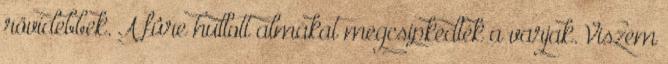
rövidebbek. A fûre hullott almákat megcsipkedték a varjak. Viszem